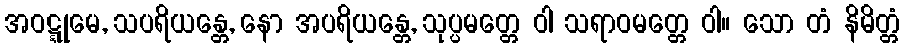
အဝဋ္ဋုမေ, သပရိယန္တေ, နော အပရိယန္တေ, သုပ္ပမတ္တေ ဝါ သရာဝမတ္တေ ဝါ။ သော တံ နိမိတ္တံ